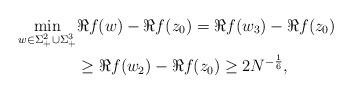
LaTeX: \begin{align*} \min_{w \in \Sigma_{+}^{2}\cup \Sigma_{+}^{3}}& \Re{f(w)} - \Re{f(z_{0})}= \Re{f(w_{3})} - \Re{f(z_{0})} \\ & \geq \Re{f(w_{2})} - \Re{f(z_{0})} \geq 2N^{-\frac{1}{6}}, \end{align*}